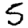
Digit: 5